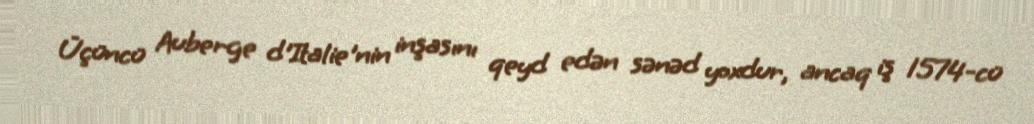
Üçüncü Auberge d'Italie'nin inşasını qeyd edən sənəd yoxdur, ancaq iş 1574-cü